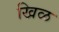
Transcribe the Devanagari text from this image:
खिळ